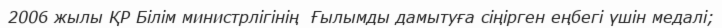
2006 жылы ҚР Білім министрлігінің  Ғылымды дамытуға сіңірген еңбегі үшін медалі;